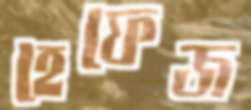
হেফেজ